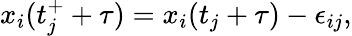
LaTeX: {x}_{i}(t_{j}^{+}+\tau)={x}_{i}(t_{j}+\tau)-\epsilon_{ij},